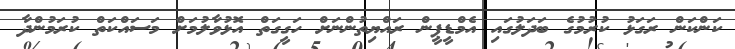
ކަންކަން ރަގަޅު ކުރުމުގެ ބަދަލުގައި އެމްޑީޕީން ރައްޔިތުންނަށް ހަގީގަތް އޮޅުވާލުމަށް މަސައްކަތް ކުރަމުންދާ